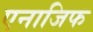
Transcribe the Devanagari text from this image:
एनाजिफ